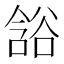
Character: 𲂘